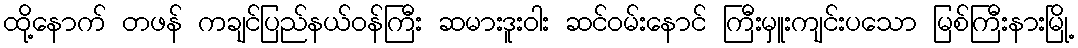
ထို့နောက် တဖန် ကချင်ပြည်နယ်ဝန်ကြီး ဆမားဒူးဝါး ဆင်ဝမ်းနောင် ကြီးမှူးကျင်းပသော မြစ်ကြီးနားမြို့